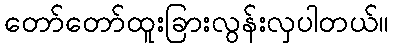
တော်တော်ထူးခြားလွန်းလှပါတယ်။